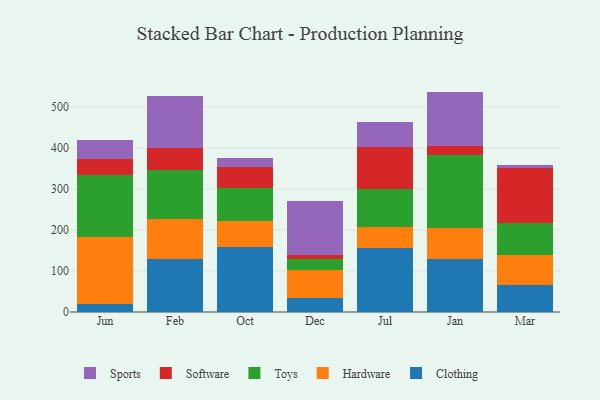
{"axis": {"x": "Month", "y": "Backlog"}, "legend": ["Clothing", "Hardware", "Software", "Sports", "Toys"], "data": [{"x": "Jun", "y": 18.8, "type": "Clothing"}, {"x": "Jun", "y": 163.8, "type": "Hardware"}, {"x": "Jun", "y": 151.6, "type": "Toys"}, {"x": "Jun", "y": 38.1, "type": "Software"}, {"x": "Jun", "y": 48.1, "type": "Sports"}, {"x": "Feb", "y": 129.4, "type": "Clothing"}, {"x": "Feb", "y": 96.3, "type": "Hardware"}, {"x": "Feb", "y": 119.6, "type": "Toys"}, {"x": "Feb", "y": 54.4, "type": "Software"}, {"x": "Feb", "y": 127.6, "type": "Sports"}, {"x": "Oct", "y": 159.0, "type": "Clothing"}, {"x": "Oct", "y": 62.2, "type": "Hardware"}, {"x": "Oct", "y": 80.7, "type": "Toys"}, {"x": "Oct", "y": 52.4, "type": "Software"}, {"x": "Oct", "y": 20.4, "type": "Sports"}, {"x": "Dec", "y": 33.6, "type": "Clothing"}, {"x": "Dec", "y": 68.2, "type": "Hardware"}, {"x": "Dec", "y": 28.3, "type": "Toys"}, {"x": "Dec", "y": 9.0, "type": "Software"}, {"x": "Dec", "y": 132.2, "type": "Sports"}, {"x": "Jul", "y": 155.9, "type": "Clothing"}, {"x": "Jul", "y": 51.6, "type": "Hardware"}, {"x": "Jul", "y": 93.7, "type": "Toys"}, {"x": "Jul", "y": 102.2, "type": "Software"}, {"x": "Jul", "y": 59.1, "type": "Sports"}, {"x": "Jan", "y": 128.1, "type": "Clothing"}, {"x": "Jan", "y": 77.3, "type": "Hardware"}, {"x": "Jan", "y": 177.3, "type": "Toys"}, {"x": "Jan", "y": 23.3, "type": "Software"}, {"x": "Jan", "y": 131.6, "type": "Sports"}, {"x": "Mar", "y": 66.9, "type": "Clothing"}, {"x": "Mar", "y": 73.0, "type": "Hardware"}, {"x": "Mar", "y": 77.2, "type": "Toys"}, {"x": "Mar", "y": 134.1, "type": "Software"}, {"x": "Mar", "y": 8.5, "type": "Sports"}]}